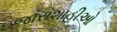
ઇજારાશાહીઓ